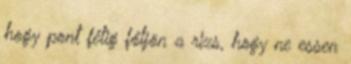
hogy pont félig főljön a rizs, hogy ne essen